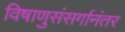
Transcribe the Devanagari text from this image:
विषाणुसंसर्गानंतर